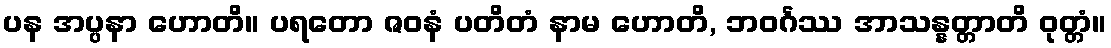
ပန အပ္ပနာ ဟောတိ။ ပရတော ဇဝနံ ပတိတံ နာမ ဟောတိ, ဘဝင်္ဂဿ အာသန္နတ္တာတိ ဝုတ္တံ။